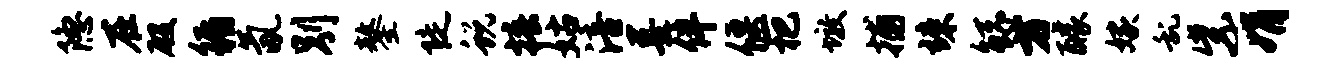
隐在殷循氤别鏊陡蜕椿姑涪墨伴偃杷墩捕竦鲧方醵嫁乱紫娟